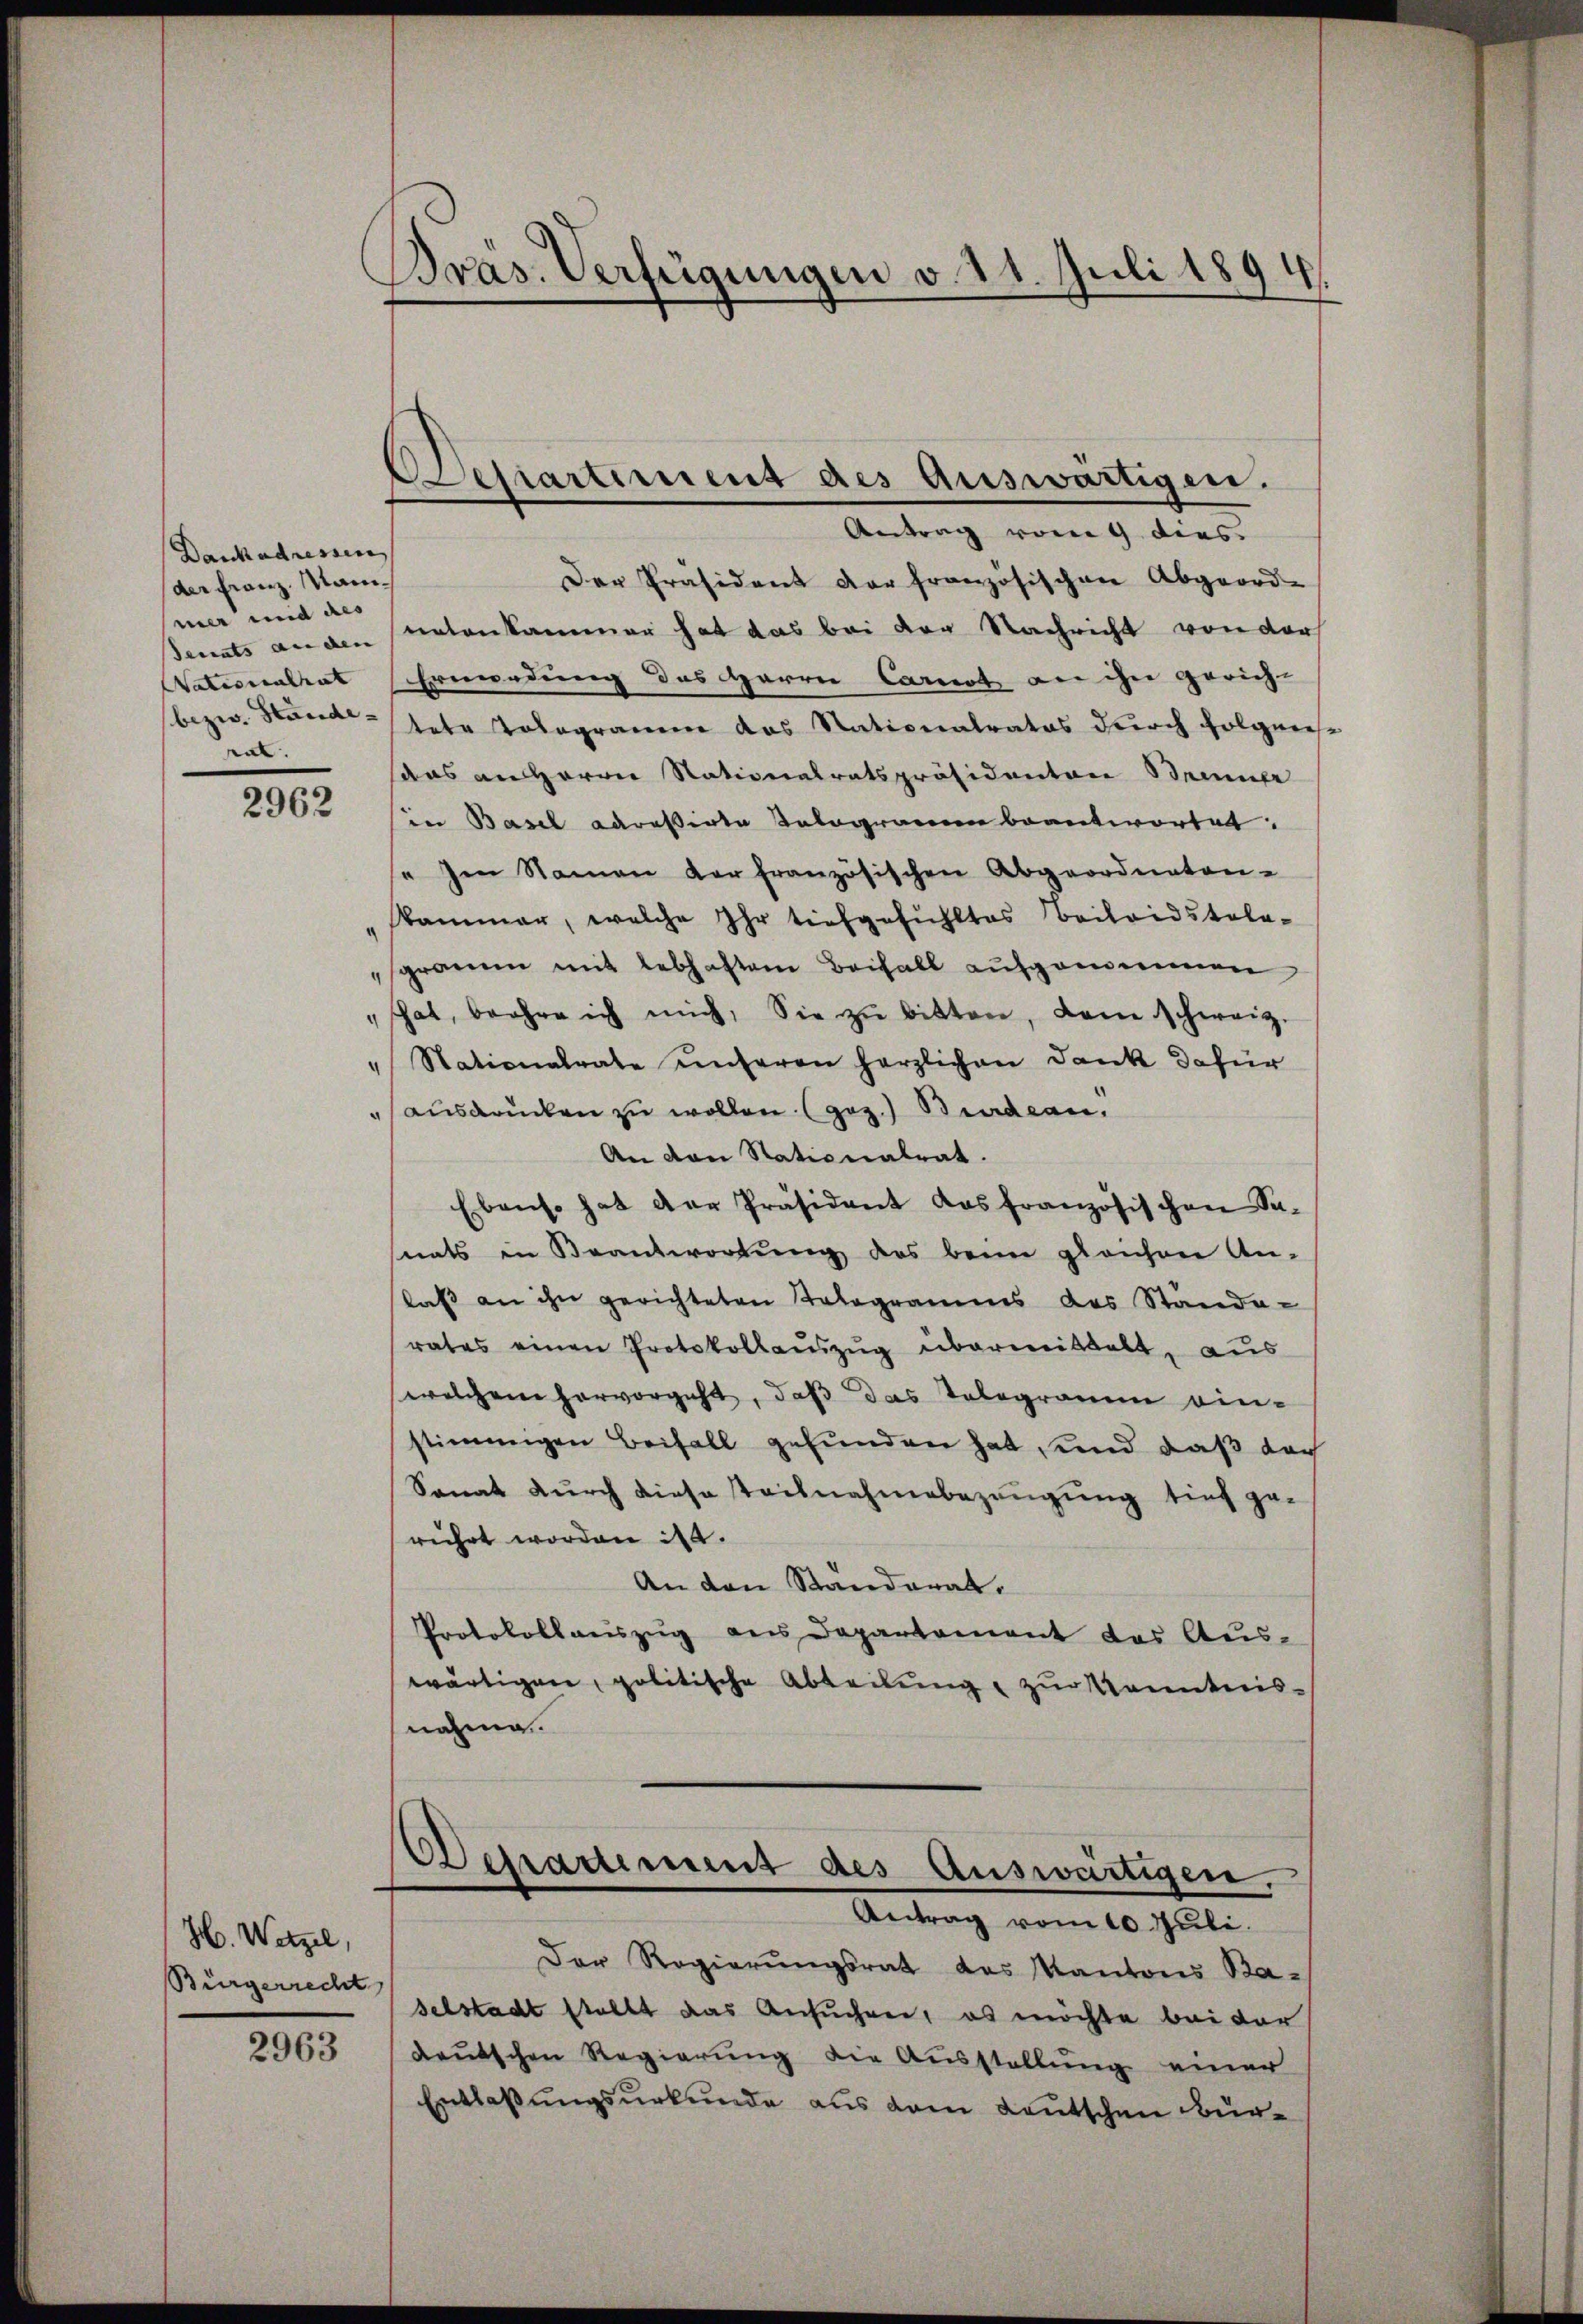
Dankadressen
der Franz, Manmer und des
tat.

2962

H. Wetzel,
Bürgerrecht
2963

Präs. Verfügungen v. 21. Juli 189
¬

Departiment des auswärtigen.
Antrag vom 9. dies

Der Präsident der französischen Abgeord-
Senats anden untenkammer hat das bei der Nachricht von der
Nationalrat Ermordung des Herrei Carnot an ihn gerich-
bezw. Stand tete Tologramm das Nationalratos durch Folgeresaas an Herrn Nationalratspräsidenten Beiner
sin Basel adressirte Selogramin beantwortet:
se Im Namen der französischen Abgeordneten-
kammer, welche Ihr tiefgefühltes Beileidstele-
sgramm mit lebhaftem Beifall aufgenommen
" hat, beehre ich mich, Sie zŭ bitten, dem schweiz.
" Stationalrate unseren herzlichen Dank dafür
" ausdrücken zu wollen (gez.) Bindern.
An von Stationalrat.
Ebenso hat der Präsident das französischen Sa-
nats in Beantwortung des beim gleichene An-
laβ an ihn gerichteten Tologramms des Stande-
rates einen Protokollauszug übermittelt, aus
welchem hervorgeht, daß das Telegramm einstimmigen Beifall gefunden hat und daß doch
Sonat durch diese Teilnahmebezeugung tief zu
rührt worden d.
An den Standerat.
Protokollauszug des Departement des Auswärtigen, politische Abteilung zur Kenntnisnahme.
Detractement des Auswärtigen.
Antrag vom 10. Juli.
Der Regierungsrat des Kantons Ba-
selstadt stellt das Ansuchen, es möchte bei der
deutschen Regierung die Ausstellung einer
Entlassungsurkunde aus dem Leutschene Bür¬